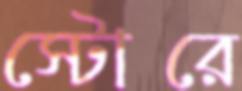
স্টোরে